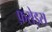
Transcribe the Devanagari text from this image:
फ़रोइस